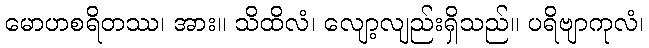
မောဟစရိတဿ၊ အား။ သိထိလံ၊ လျော့လျည်းရှိသည်။ ပရိဗျာကုလံ၊